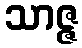
သာဇ္ဇ